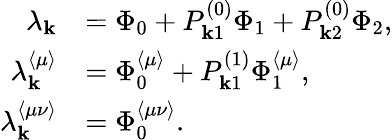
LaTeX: \begin{array}{rl}{\lambda_{\mathbf{k}}}&{=\Phi_{0}+P_{\mathbf{k}1}^{(0)}\Phi_{1}+P_{\mathbf{k}2}^{(0)}\Phi_{2},}\\ {\lambda_{\mathbf{k}}^{\langle\mu\rangle}}&{=\Phi_{0}^{\langle\mu\rangle}+P_{\mathbf{k}1}^{(1)}\Phi_{1}^{\langle\mu\rangle},}\\ {\lambda_{\mathbf{k}}^{\langle\mu\nu\rangle}}&{=\Phi_{0}^{\langle\mu\nu\rangle}.}\end{array}